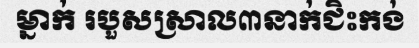
ម្នាក់ របួសស្រាល៣នាក់ជិះកង់